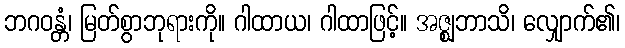
ဘဂဝန္တံ၊ မြတ်စွာဘုရားကို။ ဂါထာယ၊ ဂါထာဖြင့်။ အဇ္ဈဘာသိ၊ လျှောက်၏၊